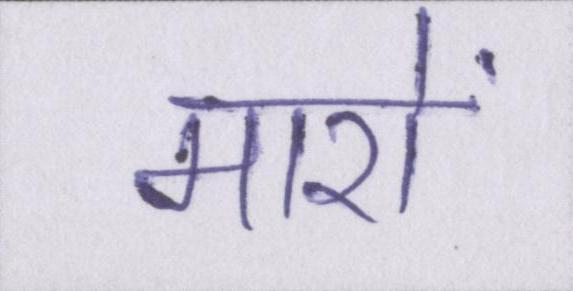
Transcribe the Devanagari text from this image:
मारों